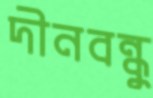
দীনবন্ধুু